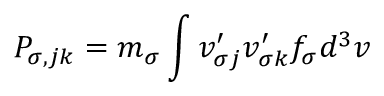
P _ { \sigma , j k } = m _ { \sigma } \int v _ { \sigma j } ^ { \prime } v _ { \sigma k } ^ { \prime } f _ { \sigma } d ^ { 3 } v